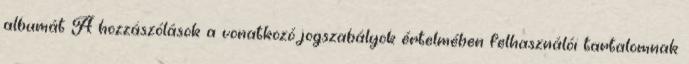
albumát A hozzászólások a vonatkozó jogszabályok értelmében felhasználói tartalomnak